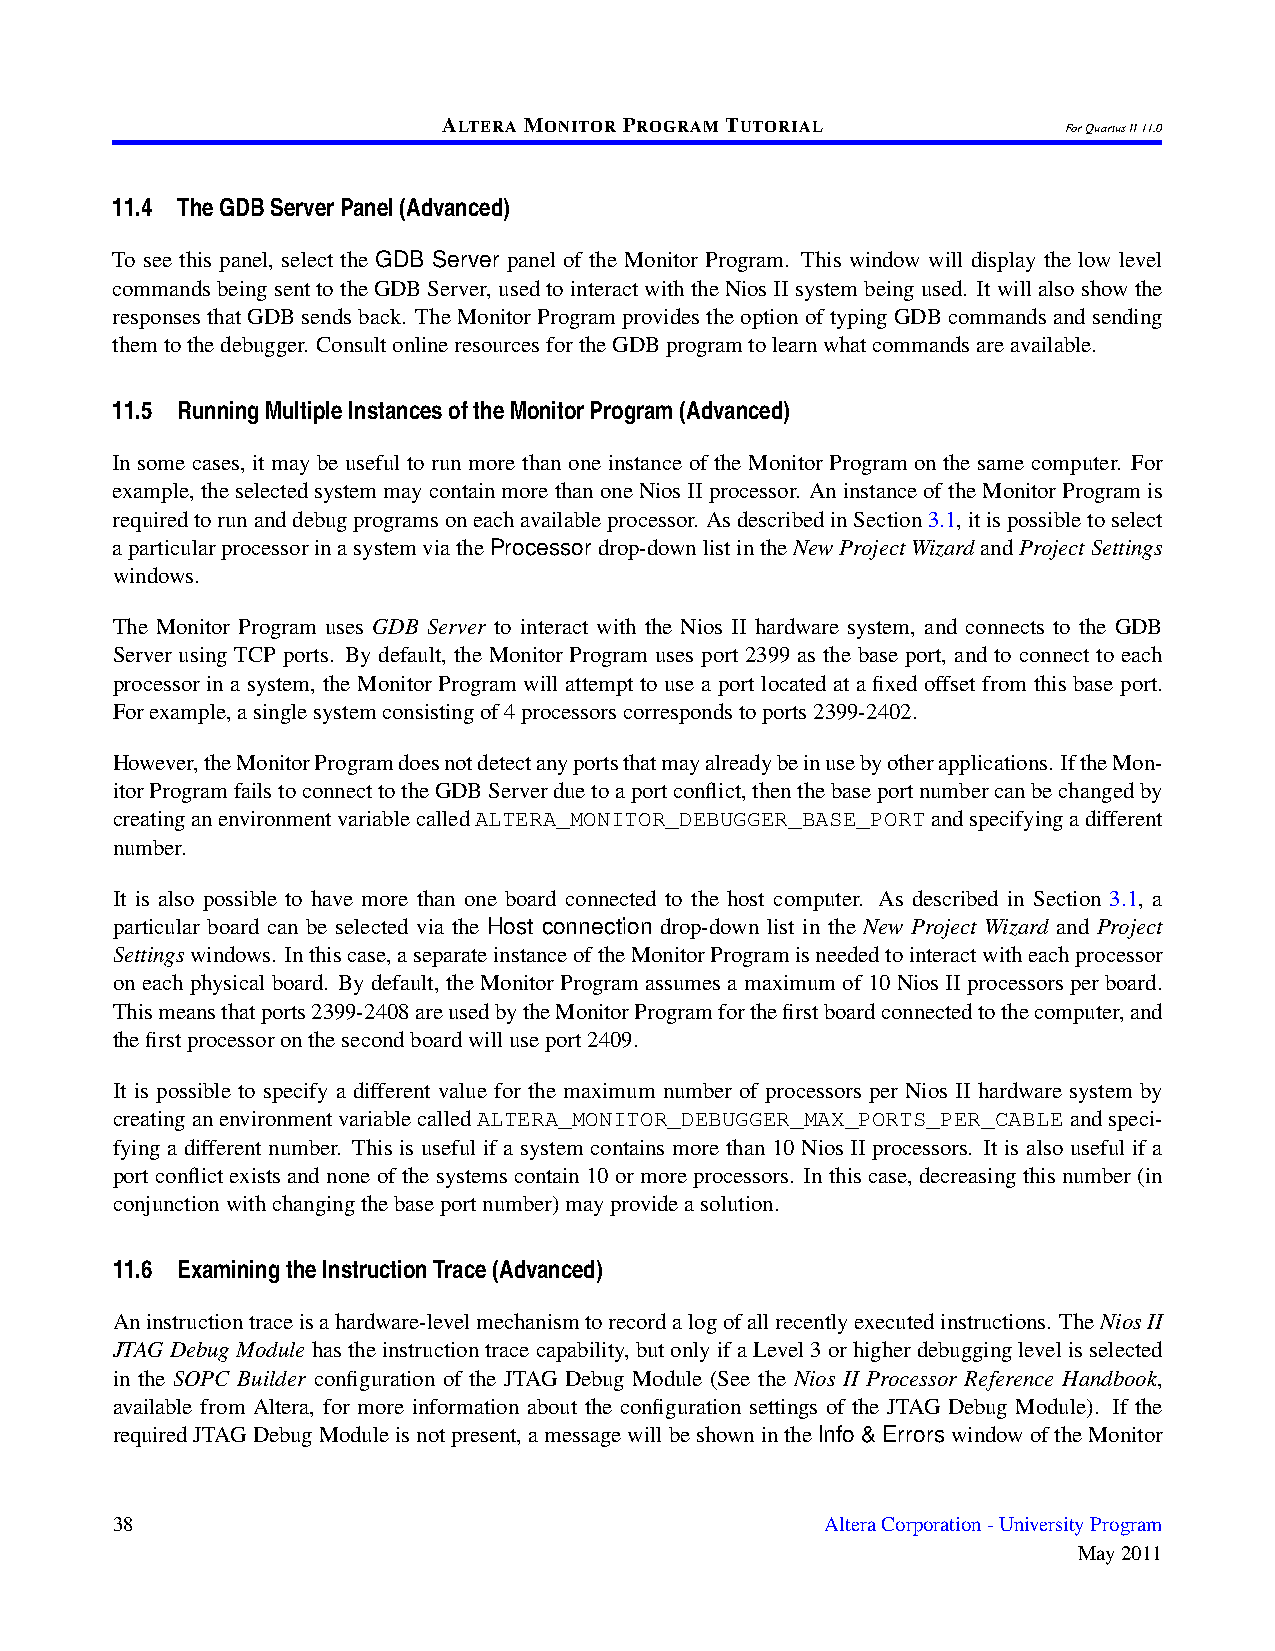
ALTERAMONITORPROGRAMTUTORIAL
 ForQuartusII11.0
 11.4 TheGDBServerPanel(Advanced)
 To see this panel, select the GDB Server panel of the Monitor Program. This window will display the low level
 commandsbeingsenttotheGDBServer, usedtointeractwiththeNiosIIsystembeingused. Itwillalsoshowthe
 responsesthatGDBsendsback. TheMonitorProgramprovidestheoptionoftypingGDBcommandsandsending
 themtothedebugger. ConsultonlineresourcesfortheGDBprogramtolearnwhatcommandsareavailable.
 11.5 RunningMultipleInstancesoftheMonitorProgram(Advanced)
 In some cases, it may be useful to run more than one instance of the Monitor Program on the same computer. For
 example,theselectedsystemmaycontainmorethanoneNiosIIprocessor. AninstanceoftheMonitorProgramis
 requiredtorunanddebugprogramsoneachavailableprocessor. AsdescribedinSection3.1,itispossibletoselect
 aparticularprocessorinasystemviatheProcessordrop-downlistintheNewProjectWizardandProjectSettings
 windows.
 The Monitor Program uses GDB Server to interact with the Nios II hardware system, and connects to the GDB
 Server using TCP ports. By default, the Monitor Program uses port 2399 as the base port, and to connect to each
 processor in a system, the Monitor Program will attempt to use a port located at a fixed offset from this base port.
 Forexample,asinglesystemconsistingof4processorscorrespondstoports2399-2402.
 However,theMonitorProgramdoesnotdetectanyportsthatmayalreadybeinusebyotherapplications. IftheMon-
 itorProgramfailstoconnecttotheGDBServerduetoaportconflict,thenthebaseportnumbercanbechangedby
 creatinganenvironmentvariablecalledALTERA_MONITOR_DEBUGGER_BASE_PORTandspecifyingadifferent
 number.
 It is also possible to have more than one board connected to the host computer. As described in Section 3.1, a
 particular board can be selected via the Host connection drop-down list in the New Project Wizard and Project
 Settingswindows. Inthiscase,aseparateinstanceoftheMonitorProgramisneededtointeractwitheachprocessor
 on each physical board. By default, the Monitor Program assumes a maximum of 10 Nios II processors per board.
 Thismeansthatports2399-2408areusedbytheMonitorProgramforthefirstboardconnectedtothecomputer,and
 thefirstprocessoronthesecondboardwilluseport2409.
 It is possible to specify a different value for the maximum number of processors per Nios II hardware system by
 creatinganenvironmentvariablecalledALTERA_MONITOR_DEBUGGER_MAX_PORTS_PER_CABLEandspeci-
 fying a different number. This is useful if a system contains more than 10 Nios II processors. It is also useful if a
 portconflictexistsandnoneofthesystemscontain10ormoreprocessors. Inthiscase, decreasingthisnumber(in
 conjunctionwithchangingthebaseportnumber)mayprovideasolution.
 11.6 ExaminingtheInstructionTrace(Advanced)
 Aninstructiontraceisahardware-levelmechanismtorecordalogofallrecentlyexecutedinstructions. TheNiosII
 JTAGDebugModulehastheinstructiontracecapability, butonlyifaLevel3orhigherdebugginglevelisselected
 in the SOPC Builder configuration of the JTAG Debug Module (See the Nios II Processor Reference Handbook,
 available from Altera, for more information about the configuration settings of the JTAG Debug Module). If the
 requiredJTAGDebugModuleisnotpresent,amessagewillbeshownintheInfo & ErrorswindowoftheMonitor
 38                                              AlteraCorporation-UniversityProgram
 May2011